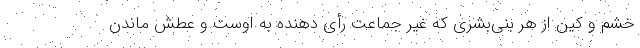
خشم و کین از هر بنی‌بشری که غیر جماعت رأی دهنده به اوست و عطش ماندن